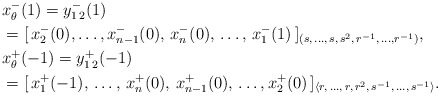
\begin{align*}&x^-_{\theta}(1)=y_{1\,2}^-(1)\\&=[\,x_2^-(0),\ldots,x_{n-1}^-(0),\, x_n^-(0),\,\ldots,\,x_{1}^-(1)\,]_{(s,\,\ldots,\, s,\,s^2,\,r^{-1},\,\ldots,r^{-1})},\\&x_{\theta}^+(-1)=y_{1\,2}^+(-1)\\&=[\,x_{1}^+(-1),\,\ldots,\,x_n^+(0),\,x_{n-1}^+(0),\,\ldots, x_2^+(0)\,]_{\langle r,\,\ldots,\, r,\, r^{2},\,s^{-1},\,\ldots,\, s^{-1}\rangle}.\end{align*}